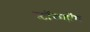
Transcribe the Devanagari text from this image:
स्टॉकहॉम